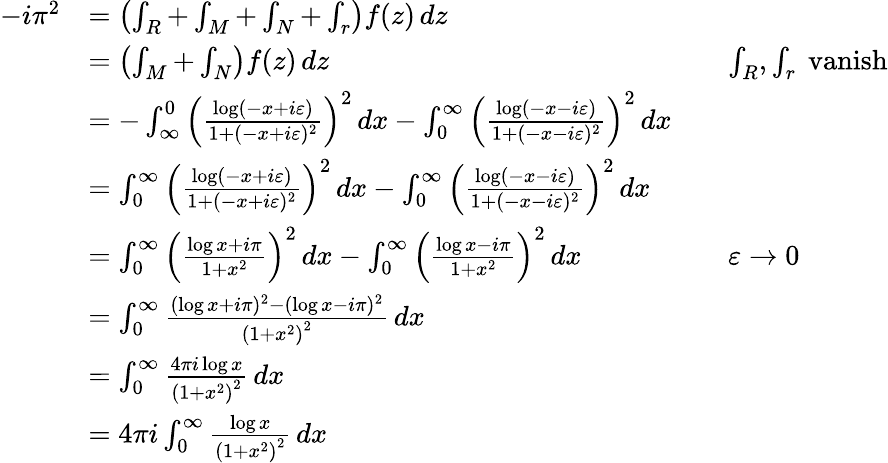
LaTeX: {\begin{array}{rlrl}{-i\pi^{2}}&{=\left(\int_{R}+\int_{M}+\int_{N}+\int_{r}\right)f(z)\, dz}\\ &{=\left(\int_{M}+\int_{N}\right)f(z)\, dz}&&{\int_{R},\int_{r}{\mathrm{~vanish}}}\\ &{=-\int_{\infty}^{0}\left({\frac{\log(-x+i\varepsilon)}{1+(-x+i\varepsilon)^{2}}}\right)^{2}\, dx-\int_{0}^{\infty}\left({\frac{\log(-x-i\varepsilon)}{1+(-x-i\varepsilon)^{2}}}\right)^{2}\, dx}\\ &{=\int_{0}^{\infty}\left({\frac{\log(-x+i\varepsilon)}{1+(-x+i\varepsilon)^{2}}}\right)^{2}\, dx-\int_{0}^{\infty}\left({\frac{\log(-x-i\varepsilon)}{1+(-x-i\varepsilon)^{2}}}\right)^{2}\, dx}\\ &{=\int_{0}^{\infty}\left({\frac{\log x+i\pi}{1+x^{2}}}\right)^{2}\, dx-\int_{0}^{\infty}\left({\frac{\log x-i\pi}{1+x^{2}}}\right)^{2}\, dx}&&{\varepsilon\to 0}\\ &{=\int_{0}^{\infty}{\frac{(\log x+i\pi)^{2}-(\log x-i\pi)^{2}}{\left(1+x^{2}\right)^{2}}}\, dx}\\ &{=\int_{0}^{\infty}{\frac{4\pi i\log x}{\left(1+x^{2}\right)^{2}}}\, dx}\\ &{=4\pi i\int_{0}^{\infty}{\frac{\log x}{\left(1+x^{2}\right)^{2}}}\, dx}\end{array}}